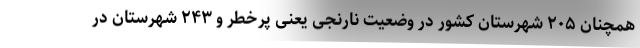
همچنان ۲۰۵ شهرستان کشور در وضعیت نارنجی یعنی پرخطر و ۲۴۳ شهرستان در